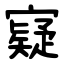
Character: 寲